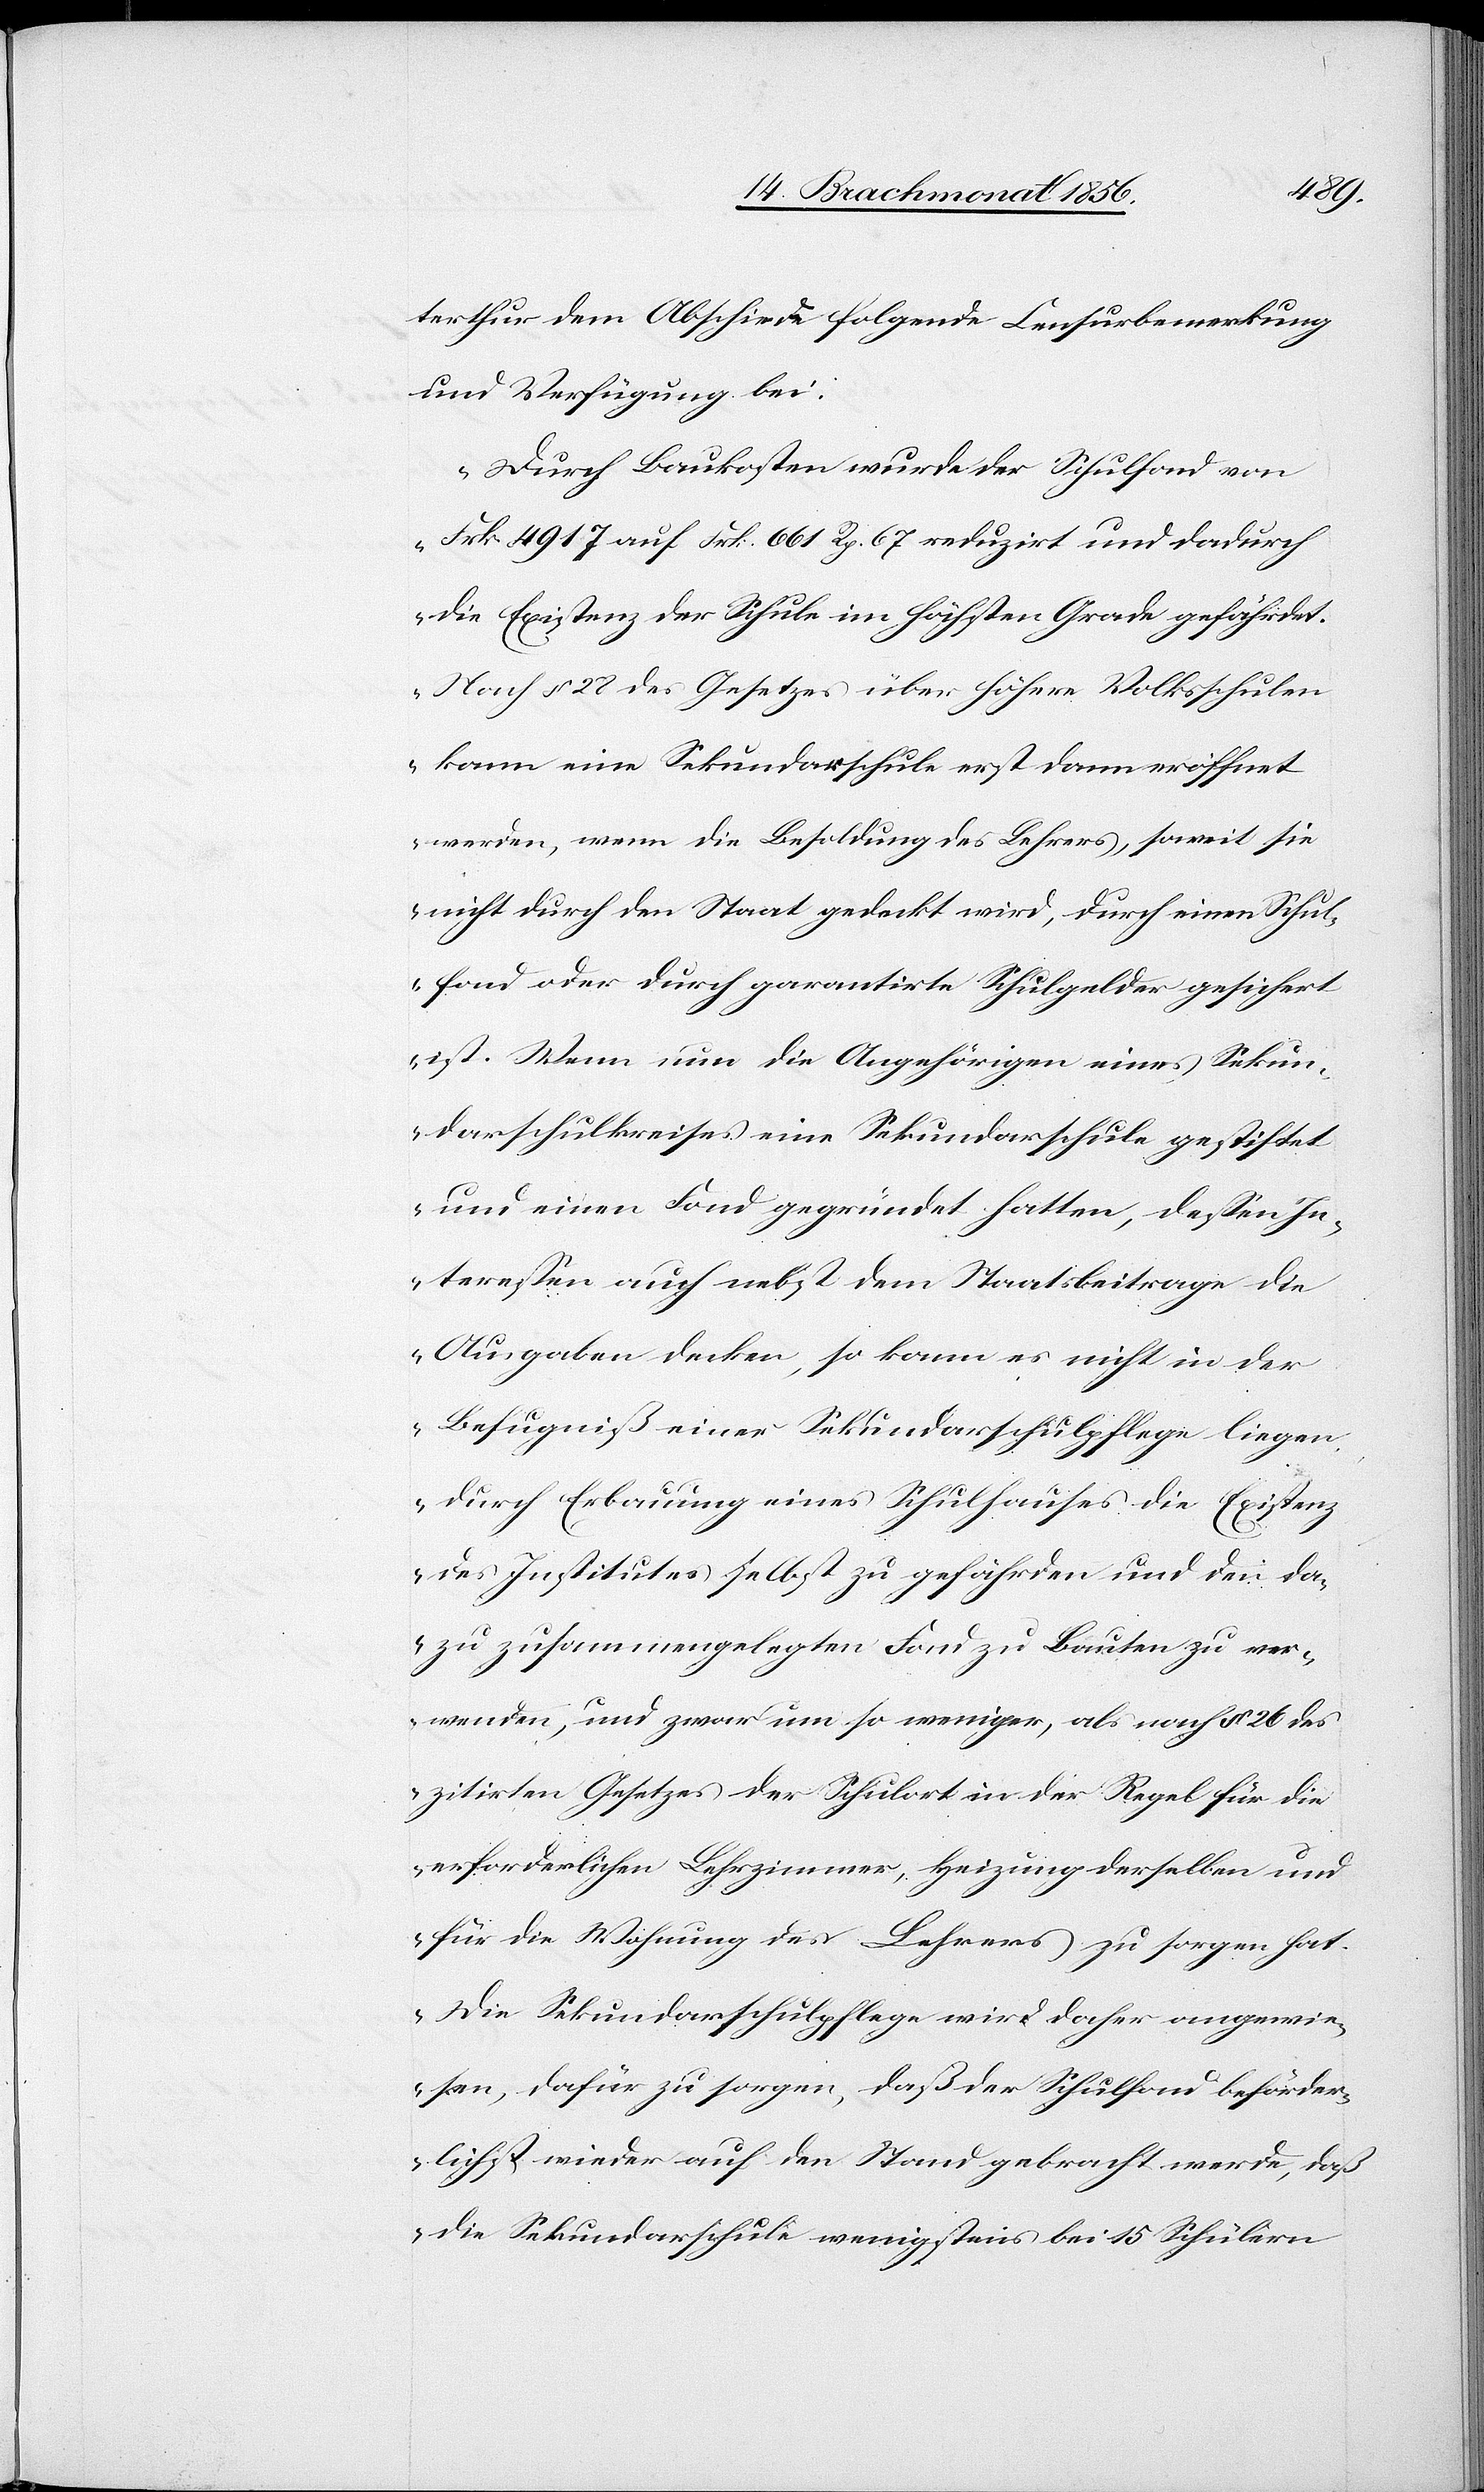
terthur dem Abschiede folgende Censurbemerkung
und Verfügung bei:
"Durch Baukosten wurde der Schulfond von
Frk. 4917 auf Frk. 661 Rp. 67 reduzirt und dadurch
die Existenz der Schule im höchsten Grade gefährdet.
Nach § 28 des Gesetzes über höhere Volksschulen
kann eine Sekundarschule erst dann eröffnet
werden, wenn die Besoldung des Lehrers, soweit sie
nicht durch den Staat gedeckt wird, durch einen Schul¬
fond oder durch garantirte Schulgelder gesichert
ist. Wenn nun die Angehörigen eines Sekun¬
darschulkreises eine Sekundarschule gestiftet
und einen Fond gegründet hatten, dessen In¬
teressen auch nebst dem Staatsbeitrage die
Ausgaben decken, so kann es nicht in der
Befugniß einer Sekundarschulpflege liegen
durch Erbauung eines Schulhauses die Existenz
des Institutes selbst zu gefährden und den da¬
zu zusammengelegten Fond zu Bauten zu ver¬
wenden, und zwar um so weniger, als nach § 26 des
zitirten Gesetzes der Schulort in der Regel für die
erforderlichen Lehrzimmer, Heizung derselben und
für die Wohnung des Lehrers zu sorgen hat.
Die Sekundarschulpflege wird daher angewie¬
sen, dafür zu sorgen, daß der Schulfond beförder¬
lichst wieder auf den Stand gebracht werde, daß
die Sekundarschule wenigstens bei 15 Schülern